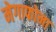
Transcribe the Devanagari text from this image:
मेगाफोना